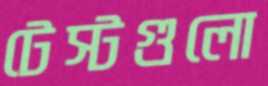
টেস্টগুলো